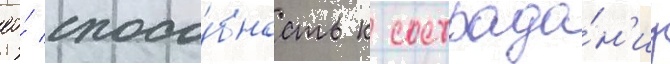
ео́ спосо́бность к сострада́н'иу